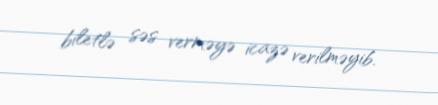
biletlə səs verməyə icazə verilməyib.